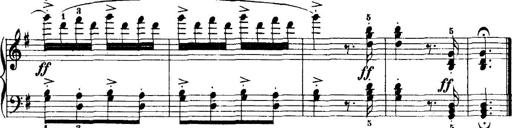
Title: 7 Sonatinas
Composer: Anton Diabelli